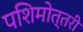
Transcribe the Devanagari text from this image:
पशिमोत्तरी